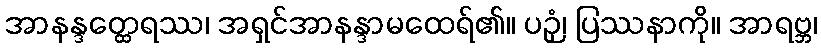
အာနန္ဒတ္ထေရဿ၊ အရှင်အာနန္ဒာမထေရ်၏။ ပဉှံ၊ ပြဿနာကို။ အာရဗ္ဘ၊